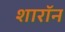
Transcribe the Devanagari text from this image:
शारॉन